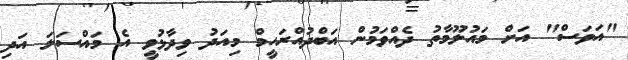
"އަވަސް" އަށް މައުލޫމާތު ދެއްވަމުން އަބްދުއްރަހީމް މިއަދު ވިދާޅުވީ އެ މައްސަލަ އަދި